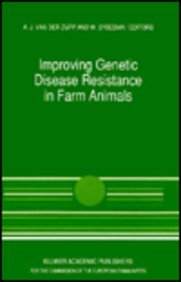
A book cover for Improving Genetic Disease Resistance in Farm Animals: A Seminar in the Community Programme for the Coordination of Agricultural Research, held in ... 1988 (Current Topics in Veterinary Medicine); Medical Books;